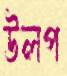
উলপ